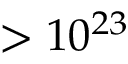
> 1 0 ^ { 2 3 }